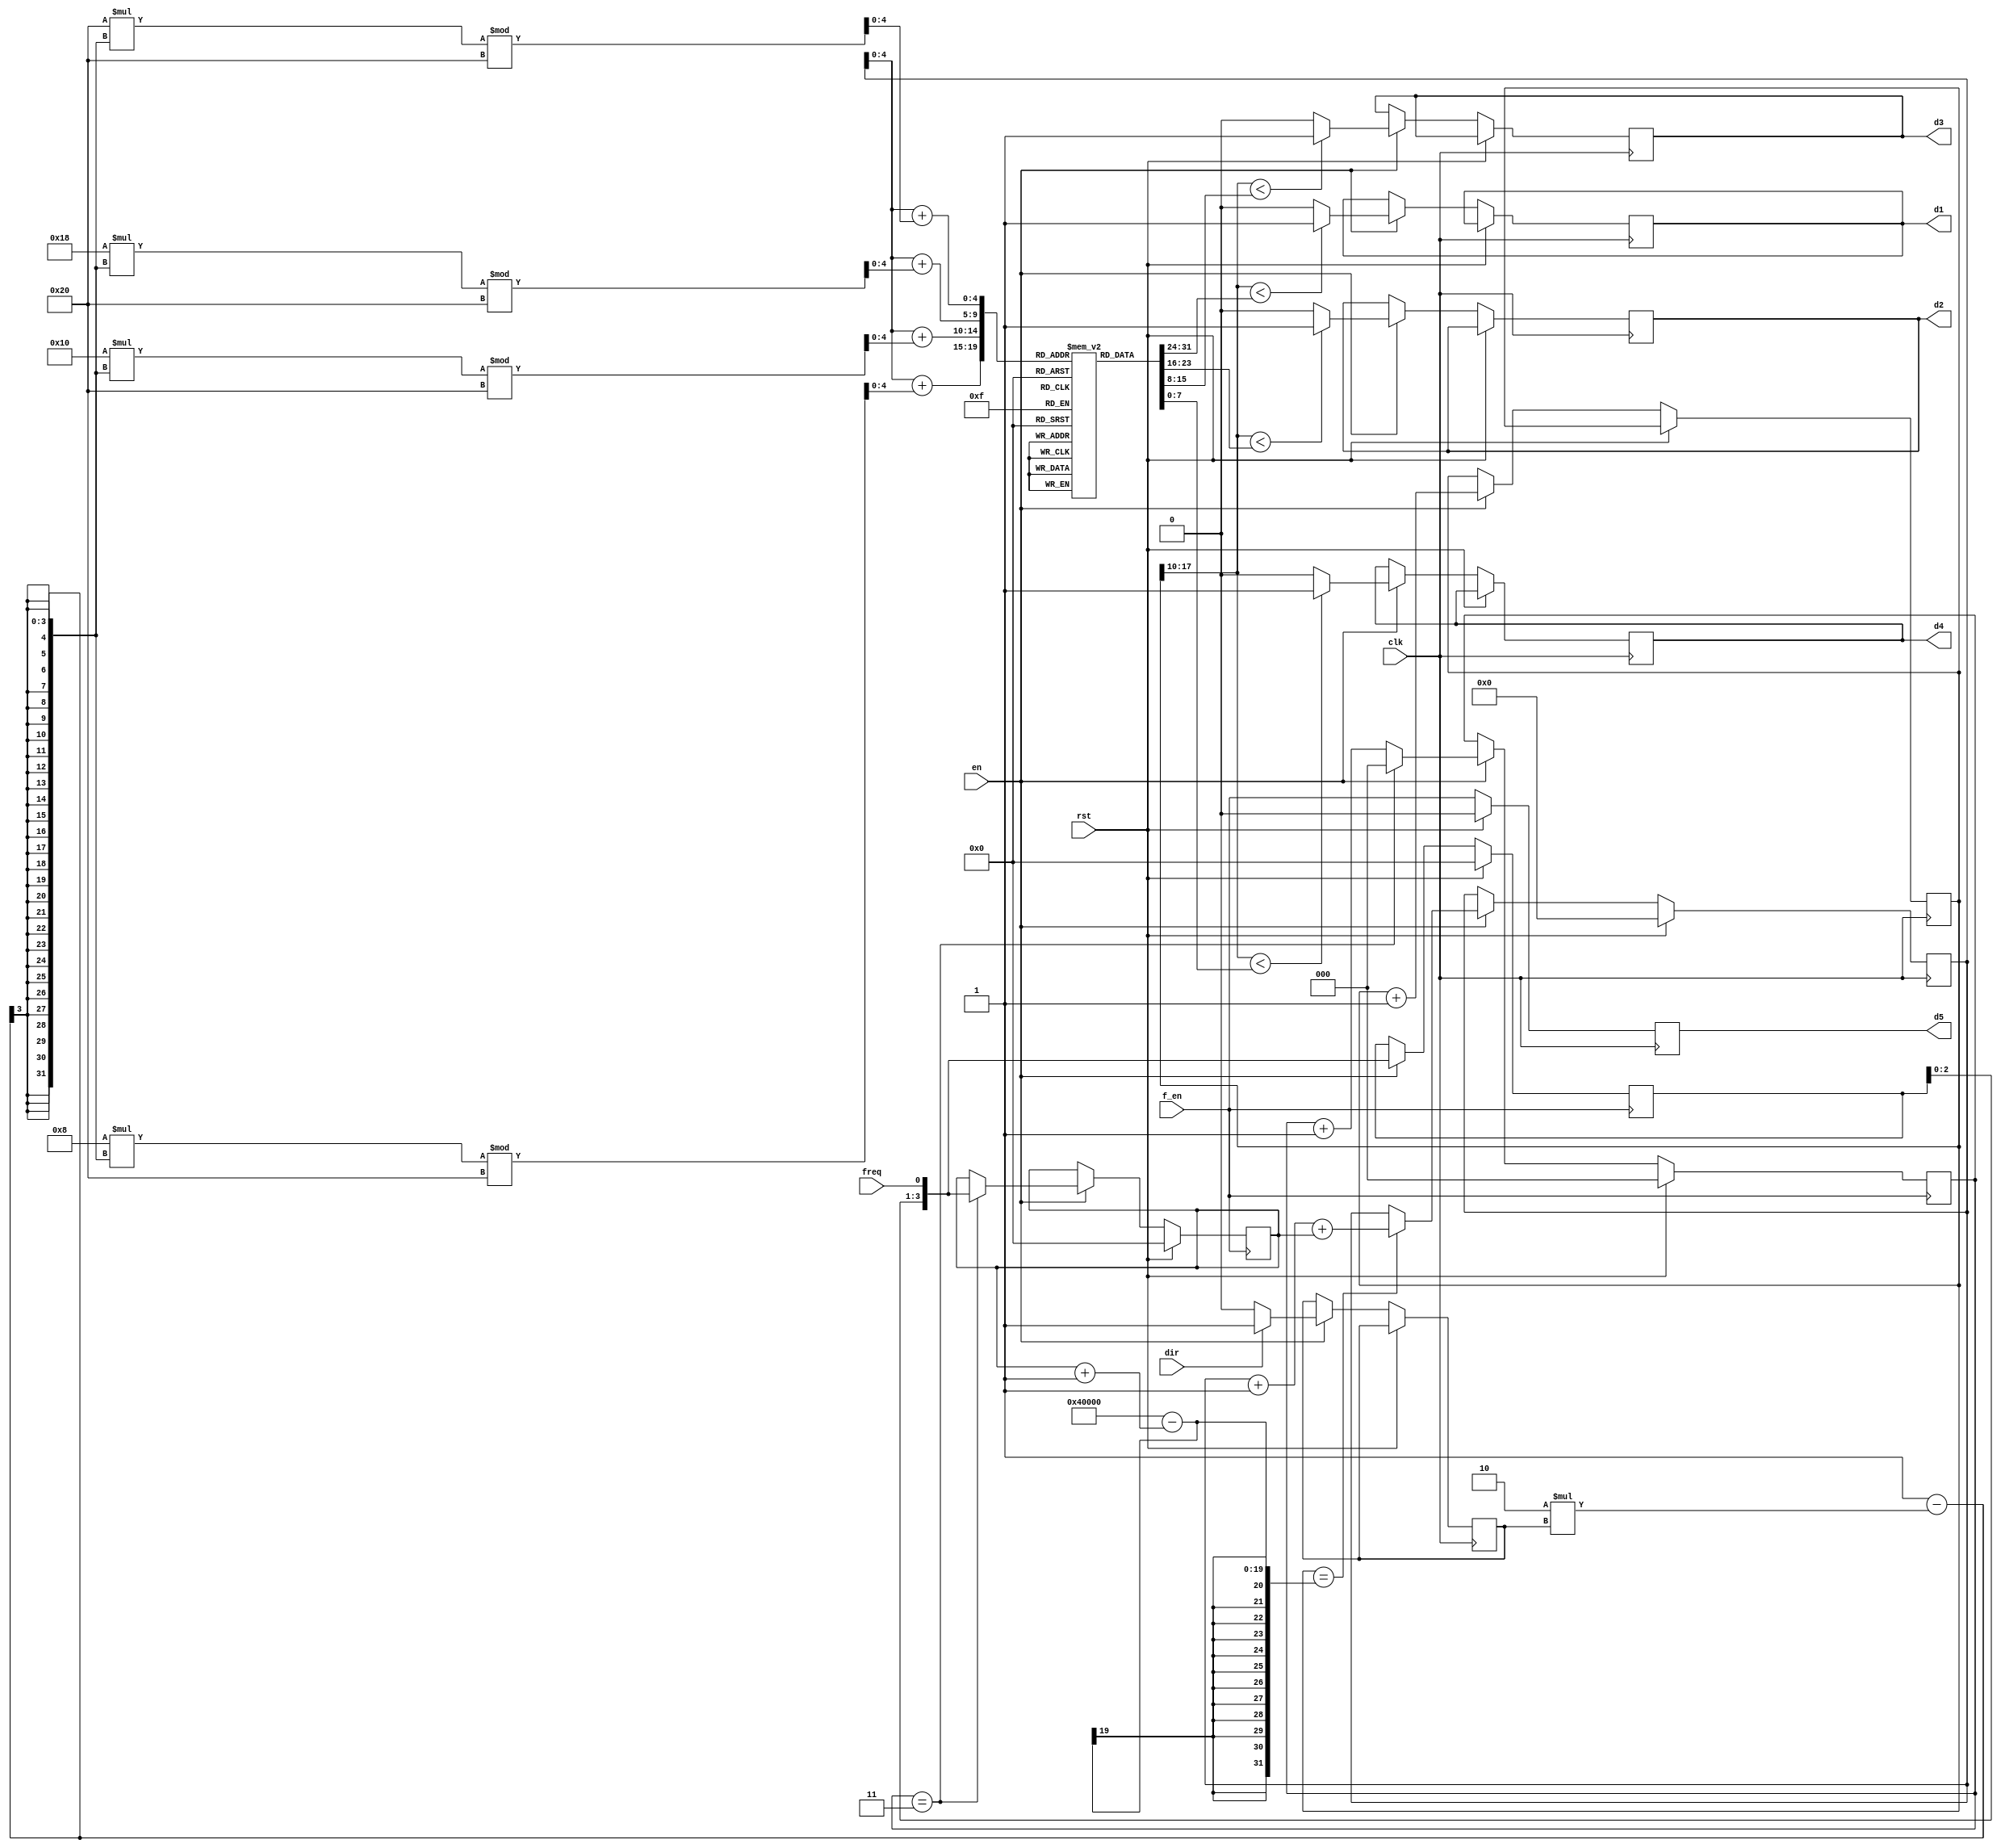
module top(
	input clk,
	input en,
	input rst,
	input dir,
	input freq,
	input f_en,
	output d1,
	output d2,
	output d3,
	output d4,
	output d5
);

reg [7:0] sin [0:31];
initial begin
  sin[0] = 8'h97;
  sin[1] = 8'hAF;
  sin[2] = 8'hC5;
  sin[3] = 8'hD8;
  sin[4] = 8'hE8;
  sin[5] = 8'hF4;
  sin[6] = 8'hFB;
  sin[7] = 8'hFE;
  sin[8] = 8'hFB;
  sin[9] = 8'hF4;
  sin[10] = 8'hE8;
  sin[11] = 8'hD8;
  sin[12] = 8'hC5;
  sin[13] = 8'hAF;
  sin[14] = 8'h97;
  sin[15] = 8'h7F;
  sin[16] = 8'h66;
  sin[17] = 8'h4E;
  sin[18] = 8'h38;
  sin[19] = 8'h25;
  sin[20] = 8'h15;
  sin[21] = 8'h09;
  sin[22] = 8'h02;
  sin[23] = 8'h00;
  sin[24] = 8'h02;
  sin[25] = 8'h09;
  sin[26] = 8'h15;
  sin[27] = 8'h25;
  sin[28] = 8'h38;
  sin[29] = 8'h4E;
  sin[30] = 8'h66;
  sin[31] = 8'h7E;
end

wire clk,en,rst,dir,f_en,freq;
localparam BITS = 4;
localparam DELAY = 14;
localparam COUNT = DELAY+BITS;
localparam SPIN = 1;
reg [COUNT-1:0] count;
reg [5:0] inner;
reg [BITS-1:0] speed;
reg [BITS-1:0] buffer;
reg [2:0] bufc;
reg r;

always @ (posedge clk) begin : Pwm
	if (rst == 1'b1) begin : Reset
		d5 <= 1'b0;
		inner <= #1 4'b0000;
	end else begin 
		if (!SPIN) d5 <= 1'b1;
		d5 <= f_en;
		if (en == 1'b1) begin : Enable
			count <= #1 count + 1;
		if (!SPIN)
		begin
			if (count == 1 << DELAY) inner <= #1 inner + 1;
		end else begin : Sine
			if (count == (1 << COUNT) - (speed + 1) ) // ?
				inner <= #1 inner + 1 + speed;
			r <= dir ? 1 : 0;
			d1 <= ((count>>COUNT-8)< sin[inner+1*8*(1-2*r)%32])? 1'b1: 1'b0;
			d2 <= ((count>>COUNT-8)< sin[inner+2*8*(1-2*r)%32])? 1'b1: 1'b0;
			d3 <= ((count>>COUNT-8)< sin[inner+3*8*(1-2*r)%32])? 1'b1: 1'b0;
			d4 <= ((count>>COUNT-8)< sin[inner+4*8*(1-2*r)%32])? 1'b1: 1'b0;
			end
		end
	end
end

always @ (posedge f_en) begin : Reset
	if (rst == 1'b1) begin
		buffer <= #1 4'b0000;
		speed <= #1 4'b0000;
		bufc <= #1 3'b000;
	end else begin : Receive
		if (en == 1'b1) begin
			buffer <= {buffer[2:0], freq};
			bufc <= #1 bufc + 1;
			if (bufc == 3) begin
				speed <= #1 {buffer[2:0], freq};
				bufc <= 3'b000;
			end
		end
	end
end

if (!SPIN)
	assign {d1, d2, d3, d4} = speed;
else 
	assign value = speed;

endmodule